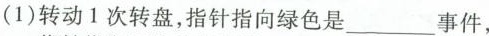
(1) 转动1次转盘，指针指向绿色是___事件，